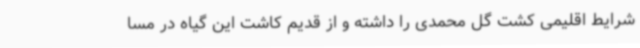
شرایط اقلیمی کشت گل محمدی را داشته و از قدیم کاشت این گیاه در مسا